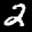
Label: 2